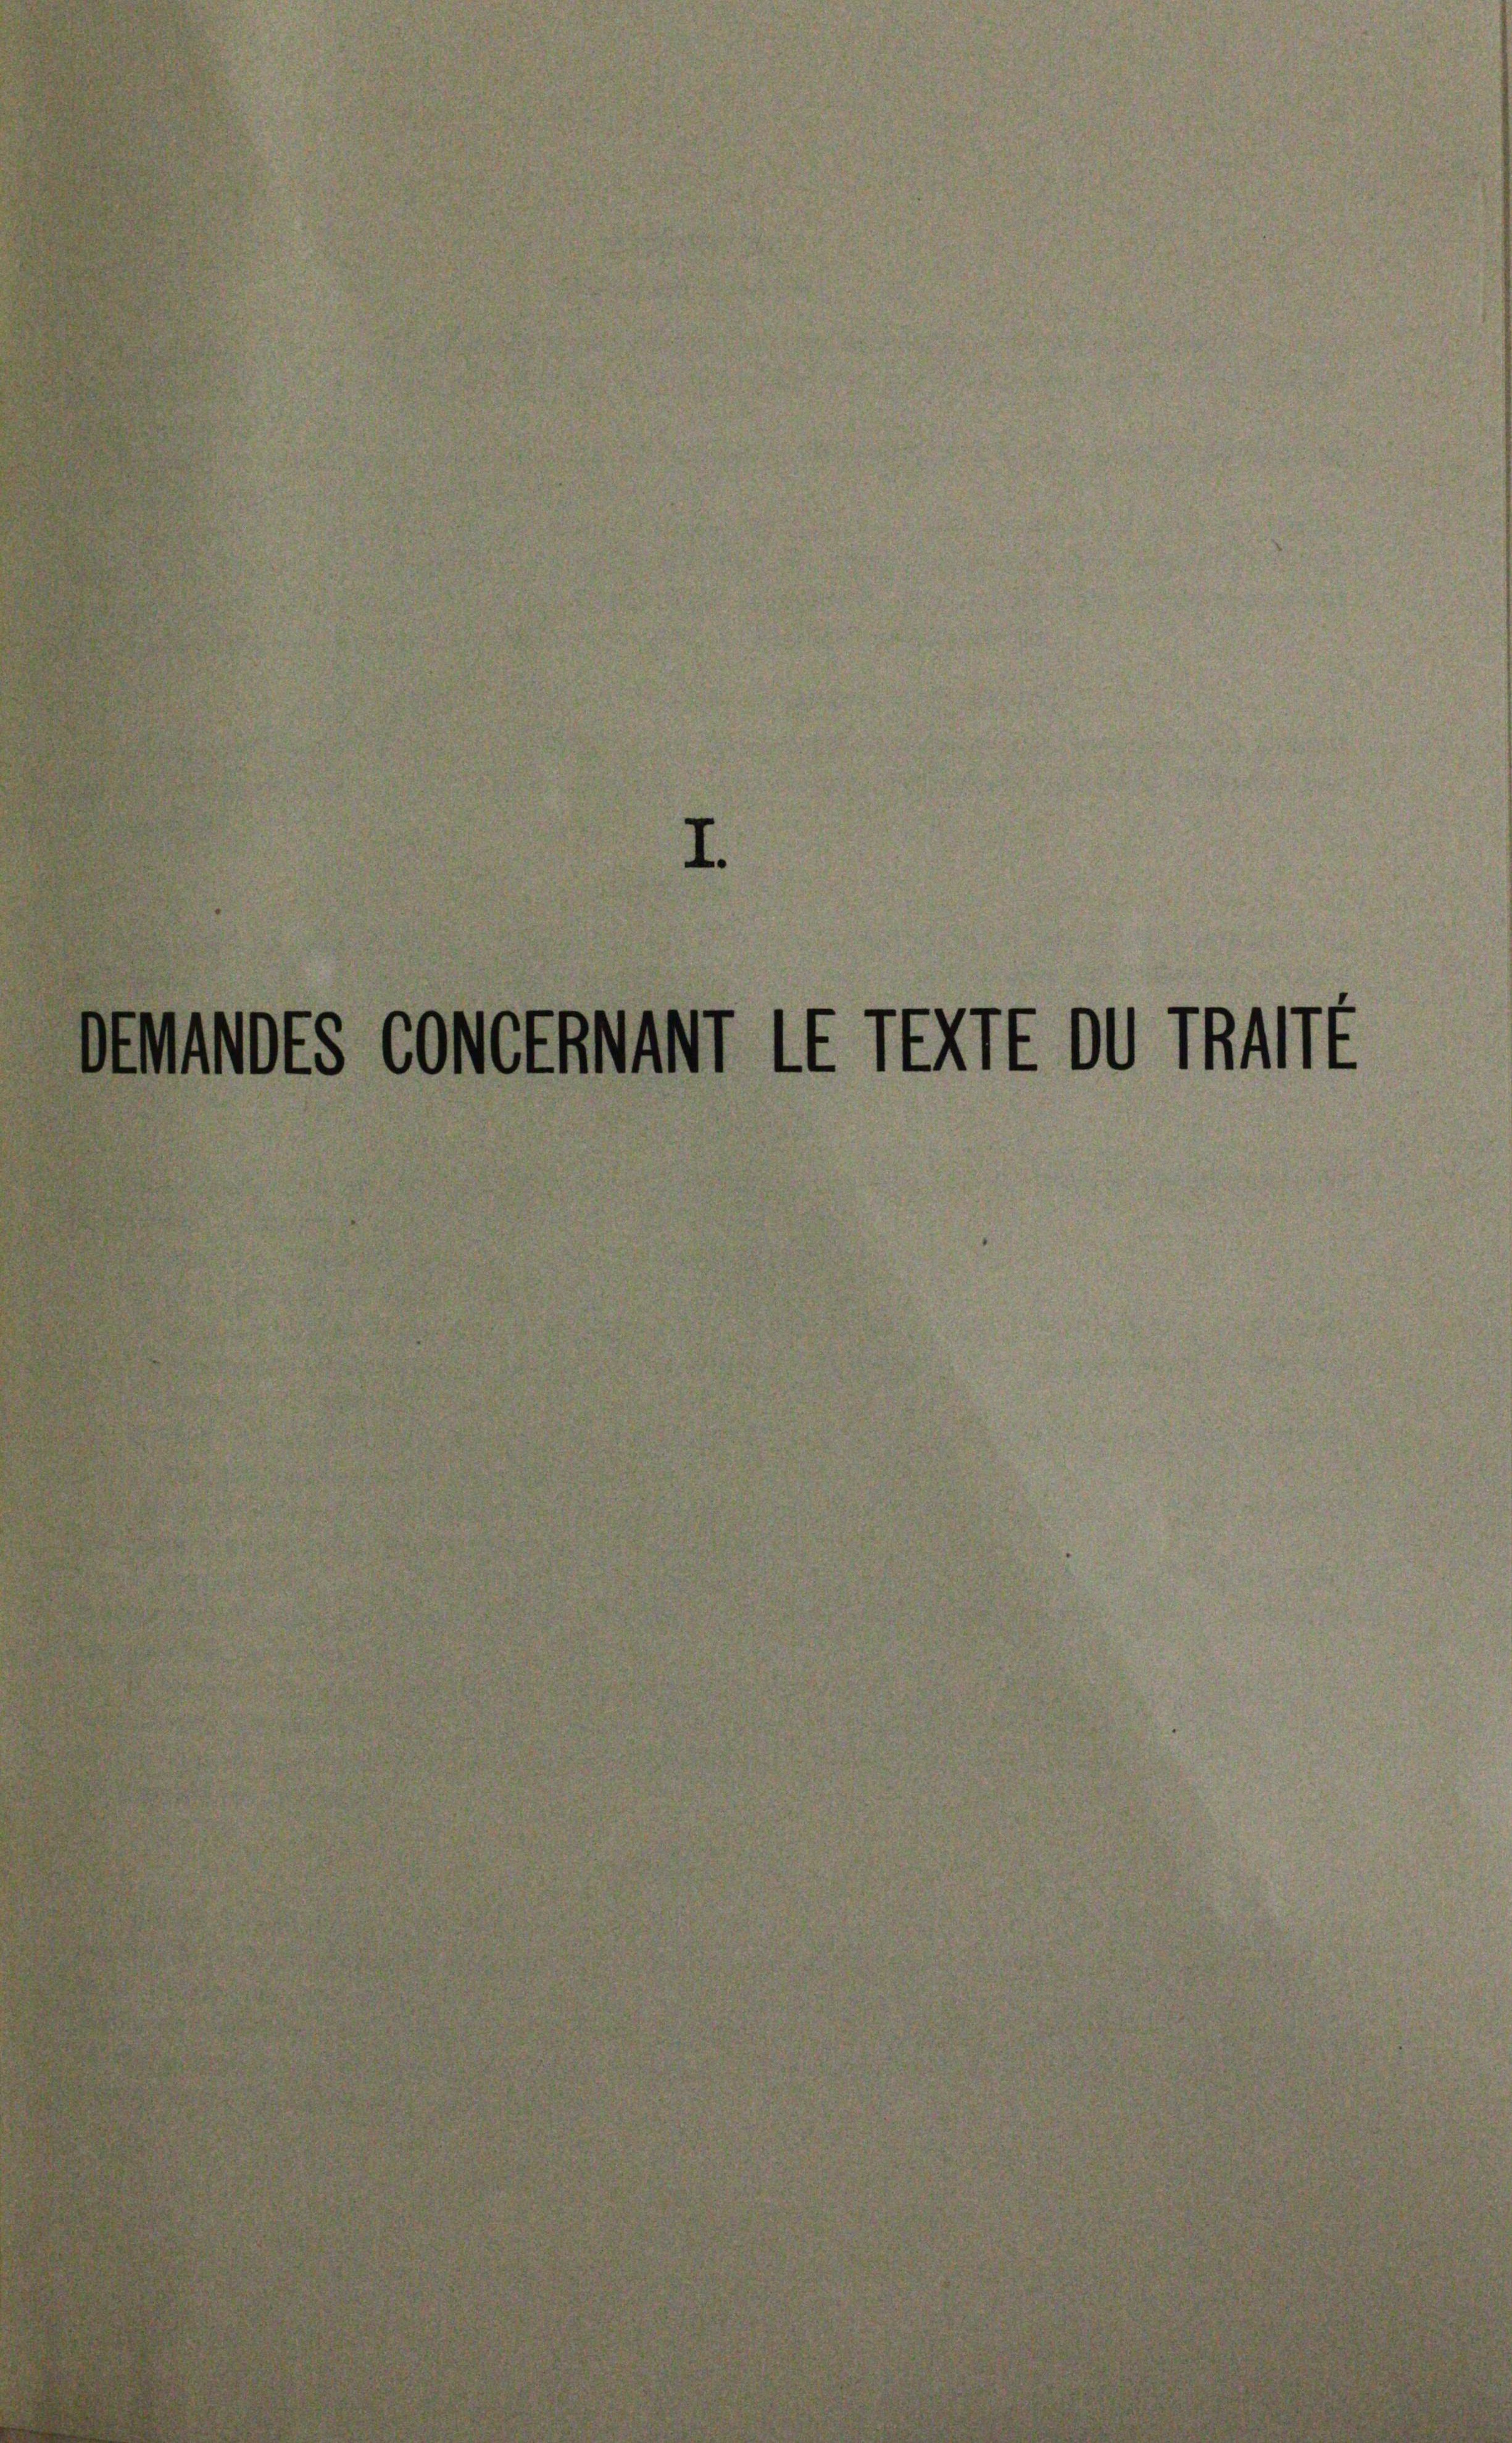
MDES CONGANAMr IE TELE OG TRArt

.